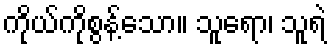
ကိုယ်ကိုစွန့်သော။ သူရော၊ သူရဲ